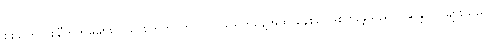
စစ်ကြောင်းချီတက်မှုများသည် စက်တင်ဘာလ ၁၉ ရက်နေ့အထိ နေ့စဉ် ဖြစ်ပွားခဲ့သည်။) ဆန္ဒပြသူများသည်